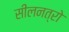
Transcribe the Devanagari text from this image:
सीलनत्रो